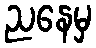
ညနေမှ